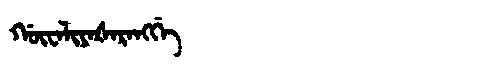
Manchu: ᡤᡡᠸᠠᠯᡳᠶᠠᡧᠠᡵᠠᠩᡤᡝ
Romanization: GŪWALIYAŠARANGGE